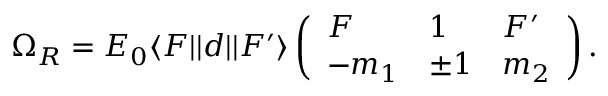
\Omega _ { R } = E _ { 0 } \langle F | | d | | F ^ { \prime } \rangle \left( \begin{array} { l l l } { F } & { 1 } & { F ^ { \prime } } \\ { - m _ { 1 } } & { \pm 1 } & { m _ { 2 } } \end{array} \right) .